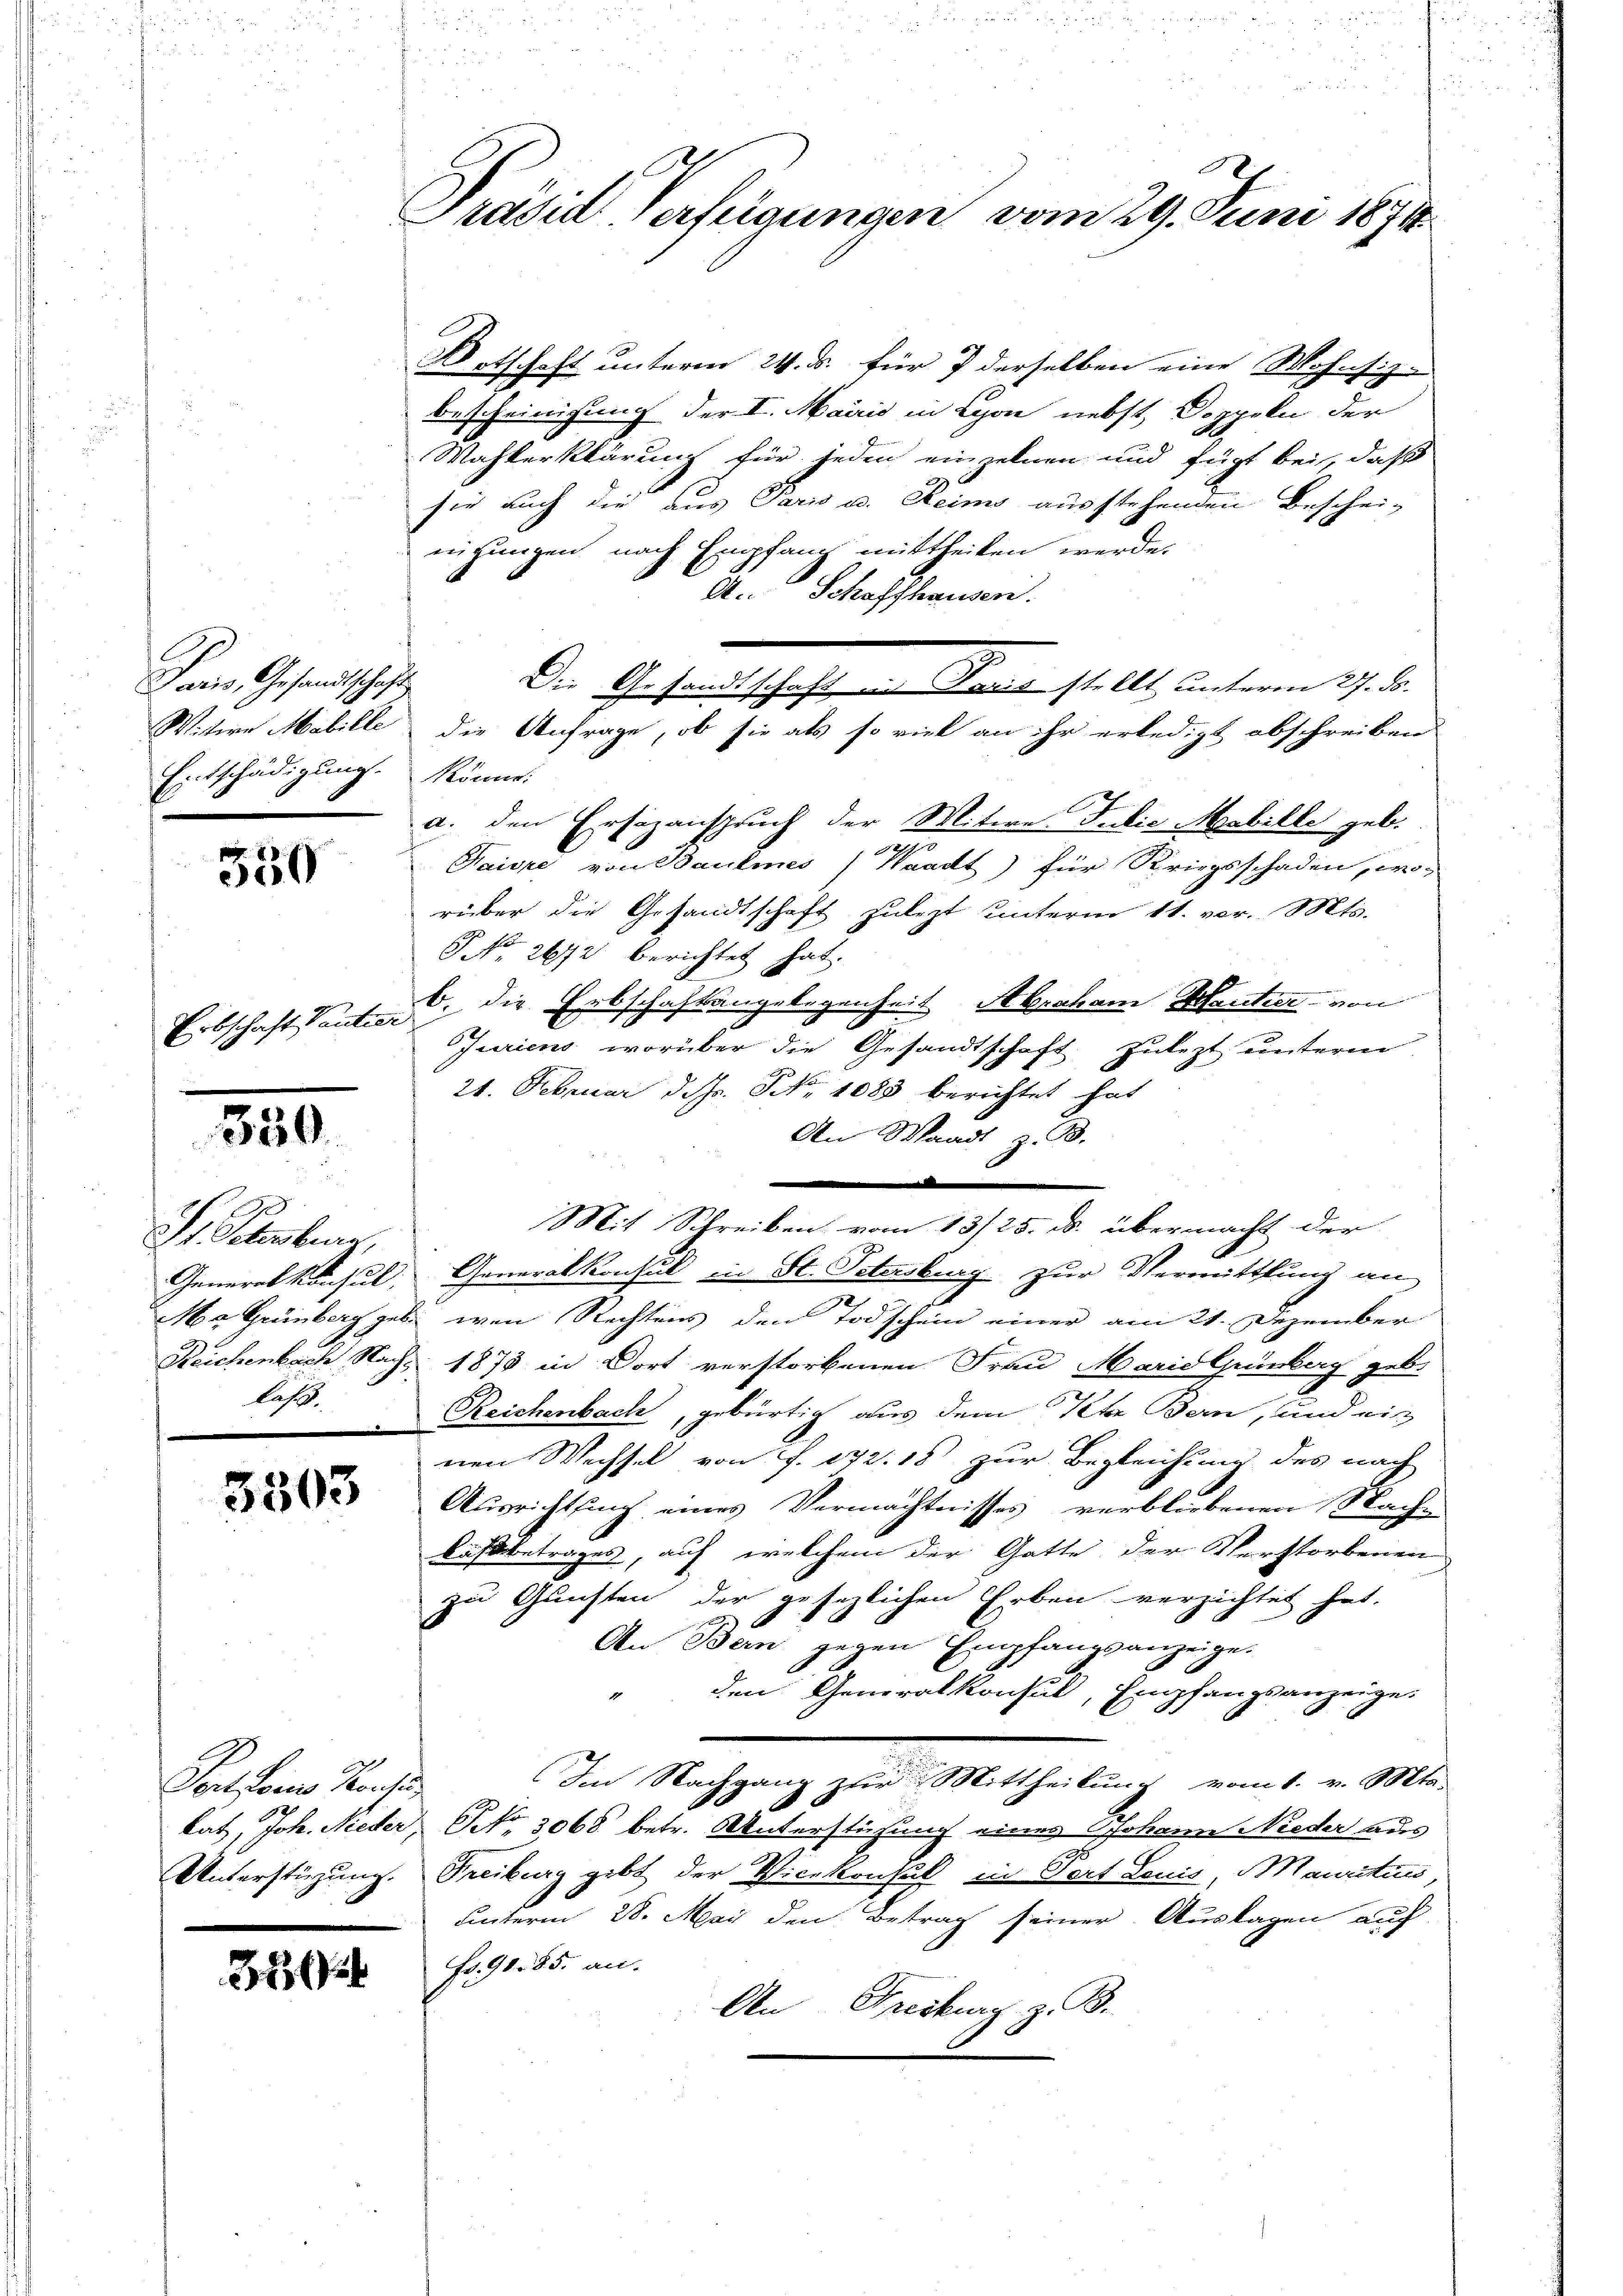
Paris, Gesandtschaft
Witere Mobille
Entschädigung.

550

Erbschaft Ventie

350.

St. Petenberg,
Generalkonsul,
laß.

3303

Ponfornes Kanto
Unterstützung.

356

Präsid. Verfügungen vom 29. Juni 1871

Dotschaft unterm 24. ds. für 7 derselben eine Wohnsiz-
Bescheinigung der I. Mairis in Lyon nebst, Doppeln der
Wahlerklärung für jeden einzelnen und fügt bei, daß
sie auch die aus Paris u. Reims ausstehenden Beschei-
nichungen nach Empfang mittheilen werde.
A. Schaffhauser.
2
Die Gesandtschaft in Paris stellt unterm 27. ds.
Könne.
a. den Ersezanspruch der Witwe Judić Mobille geb.
a
Kaiore von Baulines Waadt) für Kriegsschaden, wo-
rüber die Gesandtschaft zulezt unterm 11. vor. Mts.
G No. 2672 berichtet hat.
b. die Erbschaftsangelegenheit Abraham Hantier von
Juriens, worüber die Gesandtschaft zuletzt unterm
24. Februar d. d. Fr. 1088 berichtet hat
An Waadt z. B.
d
Mit Schreiben vom 13/25. ds. übermacht der
Generalkonsul in St. Petersburg zur Vermittlung an
Ma Grünberg geb. wen Rechtens den Todschein einer am 21. Dezember
Reichenbach, Nachs 1873 in Dort verstorbenen Frau Marie Grünberg geb.
Reichenbach, gebürtig aus dem Peter Bern, und wir
nen Wechsel von J. 172. 18 zur Begleichung des nach
Ausrichtsang eines Vermächtnisses verbliebenen Sachen
kässbetrages, auf welchem der Gatte der Verstorbenen
zu Gunsten der gesezlichen Erben verzichtet hat.
An Bern gegen Empfangsanzeige.
" den Generalkonsul, Empfangsanzeige.
Im Nachgang zur Mittheilung vom 1. v. Mts.

lat, Joh. Nieder Nr. 3068 betr. Unterstüzung eines Johann Nieder aus
Freiburg gibt der Vicekonsul in Port Louis, Mauritis
unterm 28. Mai den Betrag seiner Auslagen auf
Fr. 98. 85. an.
An Freiburg z. B.

die Anfrage, ob sie als so viel an ihr erledigt abschreiben